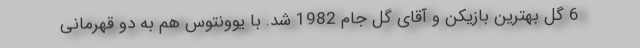
6 گل بهترین بازیکن و آقای گل جام 1982 شد. با یوونتوس هم به دو قهرمانی